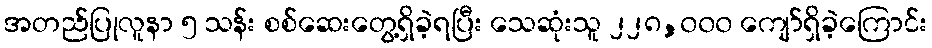
အတည်ပြုလူနာ ၅ သန်း စစ်ဆေးတွေ့ရှိခဲ့ရပြီး သေဆုံးသူ ၂၂၈,၀၀၀ ကျော်ရှိခဲ့ကြောင်း